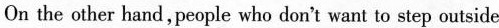
On the other hand,people who don't want to step outside